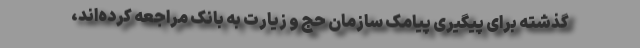
گذشته برای پیگیری پیامک سازمان حج و زیارت به بانک مراجعه کرده‌اند،